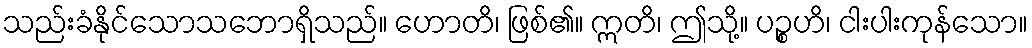
သည်းခံနိုင်သောသဘောရှိသည်။ ဟောတိ၊ ဖြစ်၏။ ဣတိ၊ ဤသို့။ ပဉ္စဟိ၊ ငါးပါးကုန်သော။